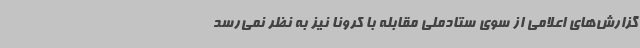
گزارش‌های اعلامی از سوی ستادملی مقابله با کرونا نیز به نظر نمی‌رسد